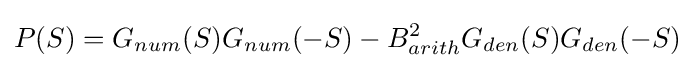
P(S)=G_{num}(S)G_{num}(-S)-B_{arith}^{2}G_{den}(S)G_{den}(-S)